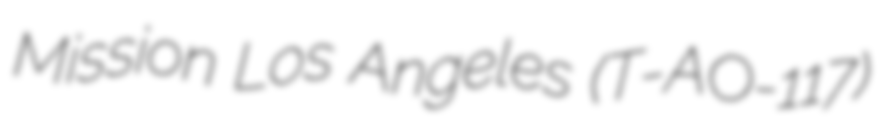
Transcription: Mission Los Angeles (T-AO-117)